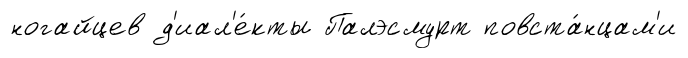
ногайцев д'иал'е́кты Палэсмурт повста́нцам'и